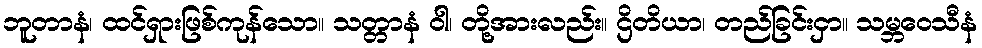
ဘူတာနံ၊ ထင်ရှားဖြစ်ကုန်သော။ သတ္တာနံ ဝါ၊ တို့အားလည်း။ ဌိတိယာ၊ တည်ခြင်းငှာ။ သမ္ဘဝေသီနံ